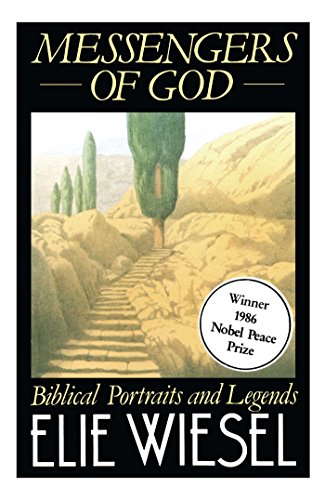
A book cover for Messengers of God: Biblical Portraits and Legends; Elie Wiesel; Religion & Spirituality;